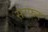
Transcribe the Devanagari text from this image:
सरफर